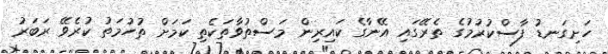
ހަށިގަނޑު ފާސްކުރުމުގެ ތެރޭގައި އޭނާގެ ކައިރިން މަސްތުވާތަކެތި ކަމަށް ތުހުމަތު ކުރެވޭ ރަބަރު